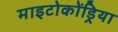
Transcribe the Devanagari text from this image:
माइटोकोंड्रिया